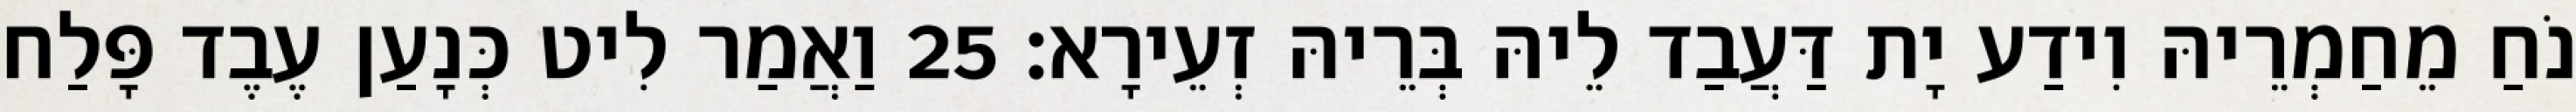
נֹחַ מֵחַמְרֵיהּ וִידַע יָת דַּעֲבַד לֵיהּ בְּרֵיהּ זְעֵירָא׃ 25 וַאֲמַר לִיט כְּנָעַן עֶבֶד פָּלַח